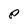
Character: P